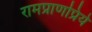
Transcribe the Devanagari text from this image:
रामप्राणप्रिये